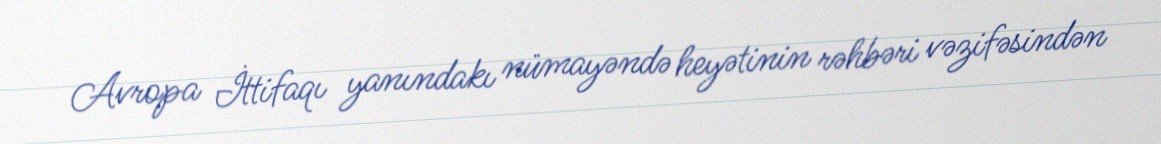
Avropa İttifaqı yanındakı nümayəndə heyətinin rəhbəri vəzifəsindən